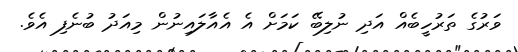
ވަރުގެ ތަރުހީބެއް އަދި ނުލިބޭ ކަމަށް އެ އެއާލައިނުން މިއަދު ބުނެފި އެވެ.